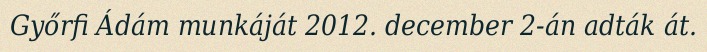
Győrfi Ádám munkáját 2012. december 2-án adták át.